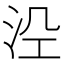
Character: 𭰆